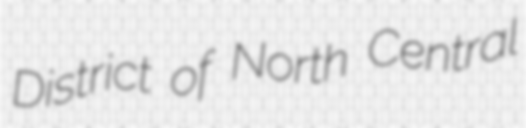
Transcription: District of North Central